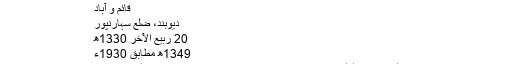
دار الحدیث (دار العلوم دیوبند) - آزاد دائرۃ المعارف، ویکیپیڈیا
قائم و آباد
دیوبند، ضلع سہارنپور
20 ربیع الآخر 1330ھ
1349ھ مطابق 1930ء
دار الحدیث دار العلوم دیوبند کی ایک عمارت ہے جس میں حدیث کی تعلیم ہوتی ہے۔